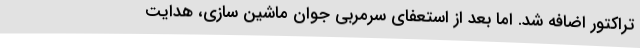
تراکتور اضافه شد. اما بعد از استعفای سرمربی جوان ماشین سازی، هدایت